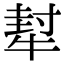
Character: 犎